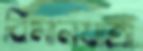
বিমানযাত্রা